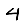
Digit: 4